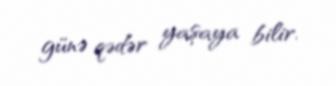
günə qədər yaşaya bilir.